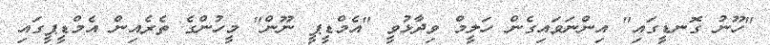
"ހޫނު ގޮނޑީގައި" އިންނަވައިގެން ހަލީމް ވިދާޅުވީ "އެމްޑީޕީ ނޫން" މީހުުންގެ ތެރެއިން އެމްޑީޕީގައި